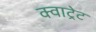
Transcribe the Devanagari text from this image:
क्वाट्रेट